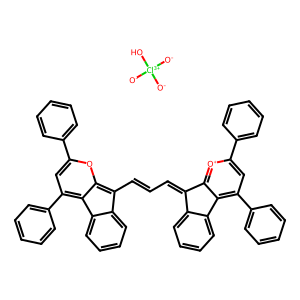
SMILES: C(=Cc1c2oc(-c3ccccc3)cc(-c3ccccc3)c-2c2ccccc12)C=C1c2ccccc2-c2c(-c3ccccc3)cc(-c3ccccc3)[o+]c21.[O-][Cl+3]([O-])([O-])O
Inhibits HIV replication: No